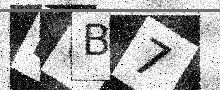
Text: E0B7